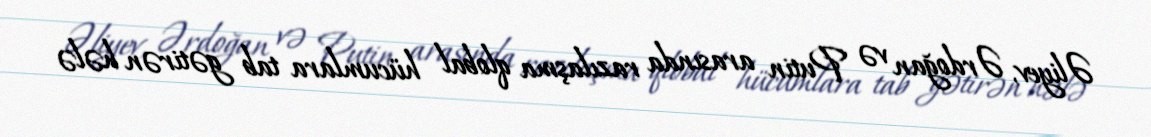
Əliyev, Ərdoğan və Putin arasında razılaşma qlobal hücumlara tab gətirən hələ